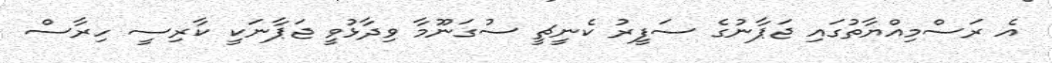
އެ ރަސްމިއްޔާތުގައި ޖަޕާނުގެ ސަފީރު ކެނީޗީ ސުގަނޫމާ ވިދާޅުވީ ޖަޕާނަކީ ކާރިސީ ހިރާސް